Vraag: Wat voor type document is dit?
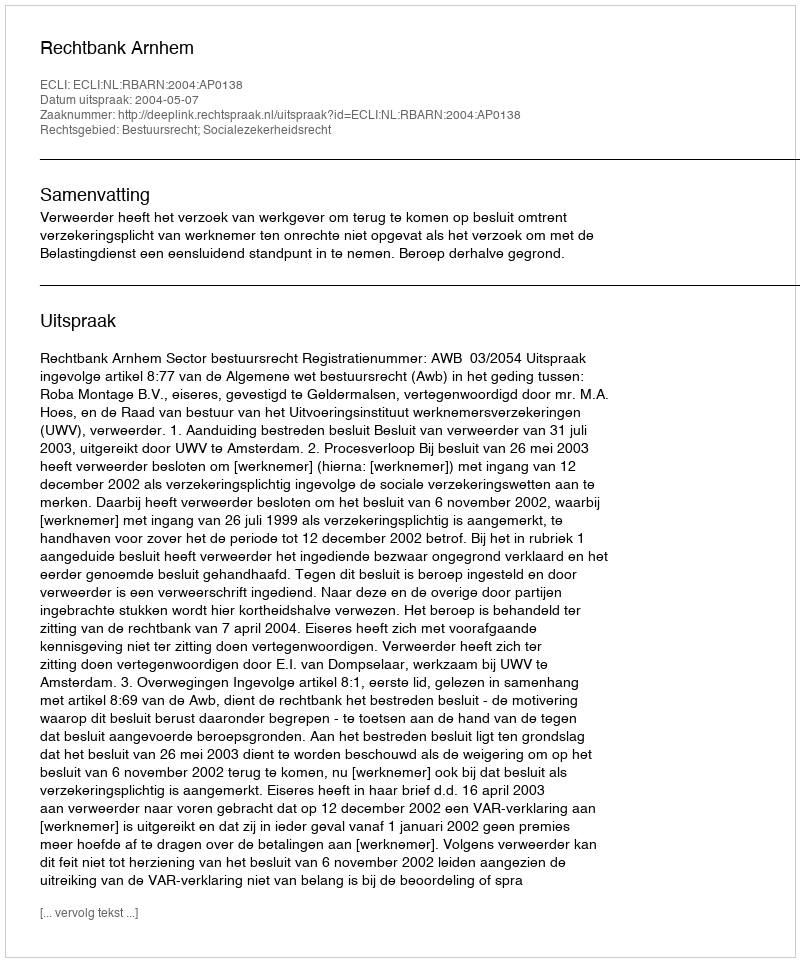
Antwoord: Uitspraak